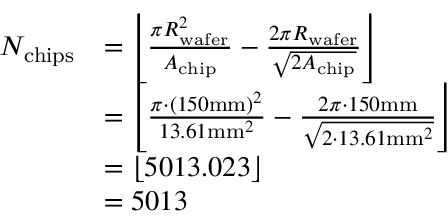
\begin{array} { r l } { N _ { \mathrm { c h i p s } } } & { = \left\lfloor \frac { \pi R _ { \mathrm { w a f e r } } ^ { 2 } } { A _ { \mathrm { c h i p } } } - \frac { 2 \pi R _ { \mathrm { w a f e r } } } { \sqrt { 2 A _ { \mathrm { c h i p } } } } \right\rfloor } \\ & { = \left\lfloor \frac { \pi \cdot ( 1 5 0 \mathrm { m m } ) ^ { 2 } } { 1 3 . 6 1 \mathrm { m m } ^ { 2 } } - \frac { 2 \pi \cdot 1 5 0 \mathrm { m m } } { \sqrt { 2 \cdot 1 3 . 6 1 \mathrm { m m } ^ { 2 } } } \right\rfloor } \\ & { = \left\lfloor 5 0 1 3 . 0 2 3 \right\rfloor } \\ & { = 5 0 1 3 } \end{array}